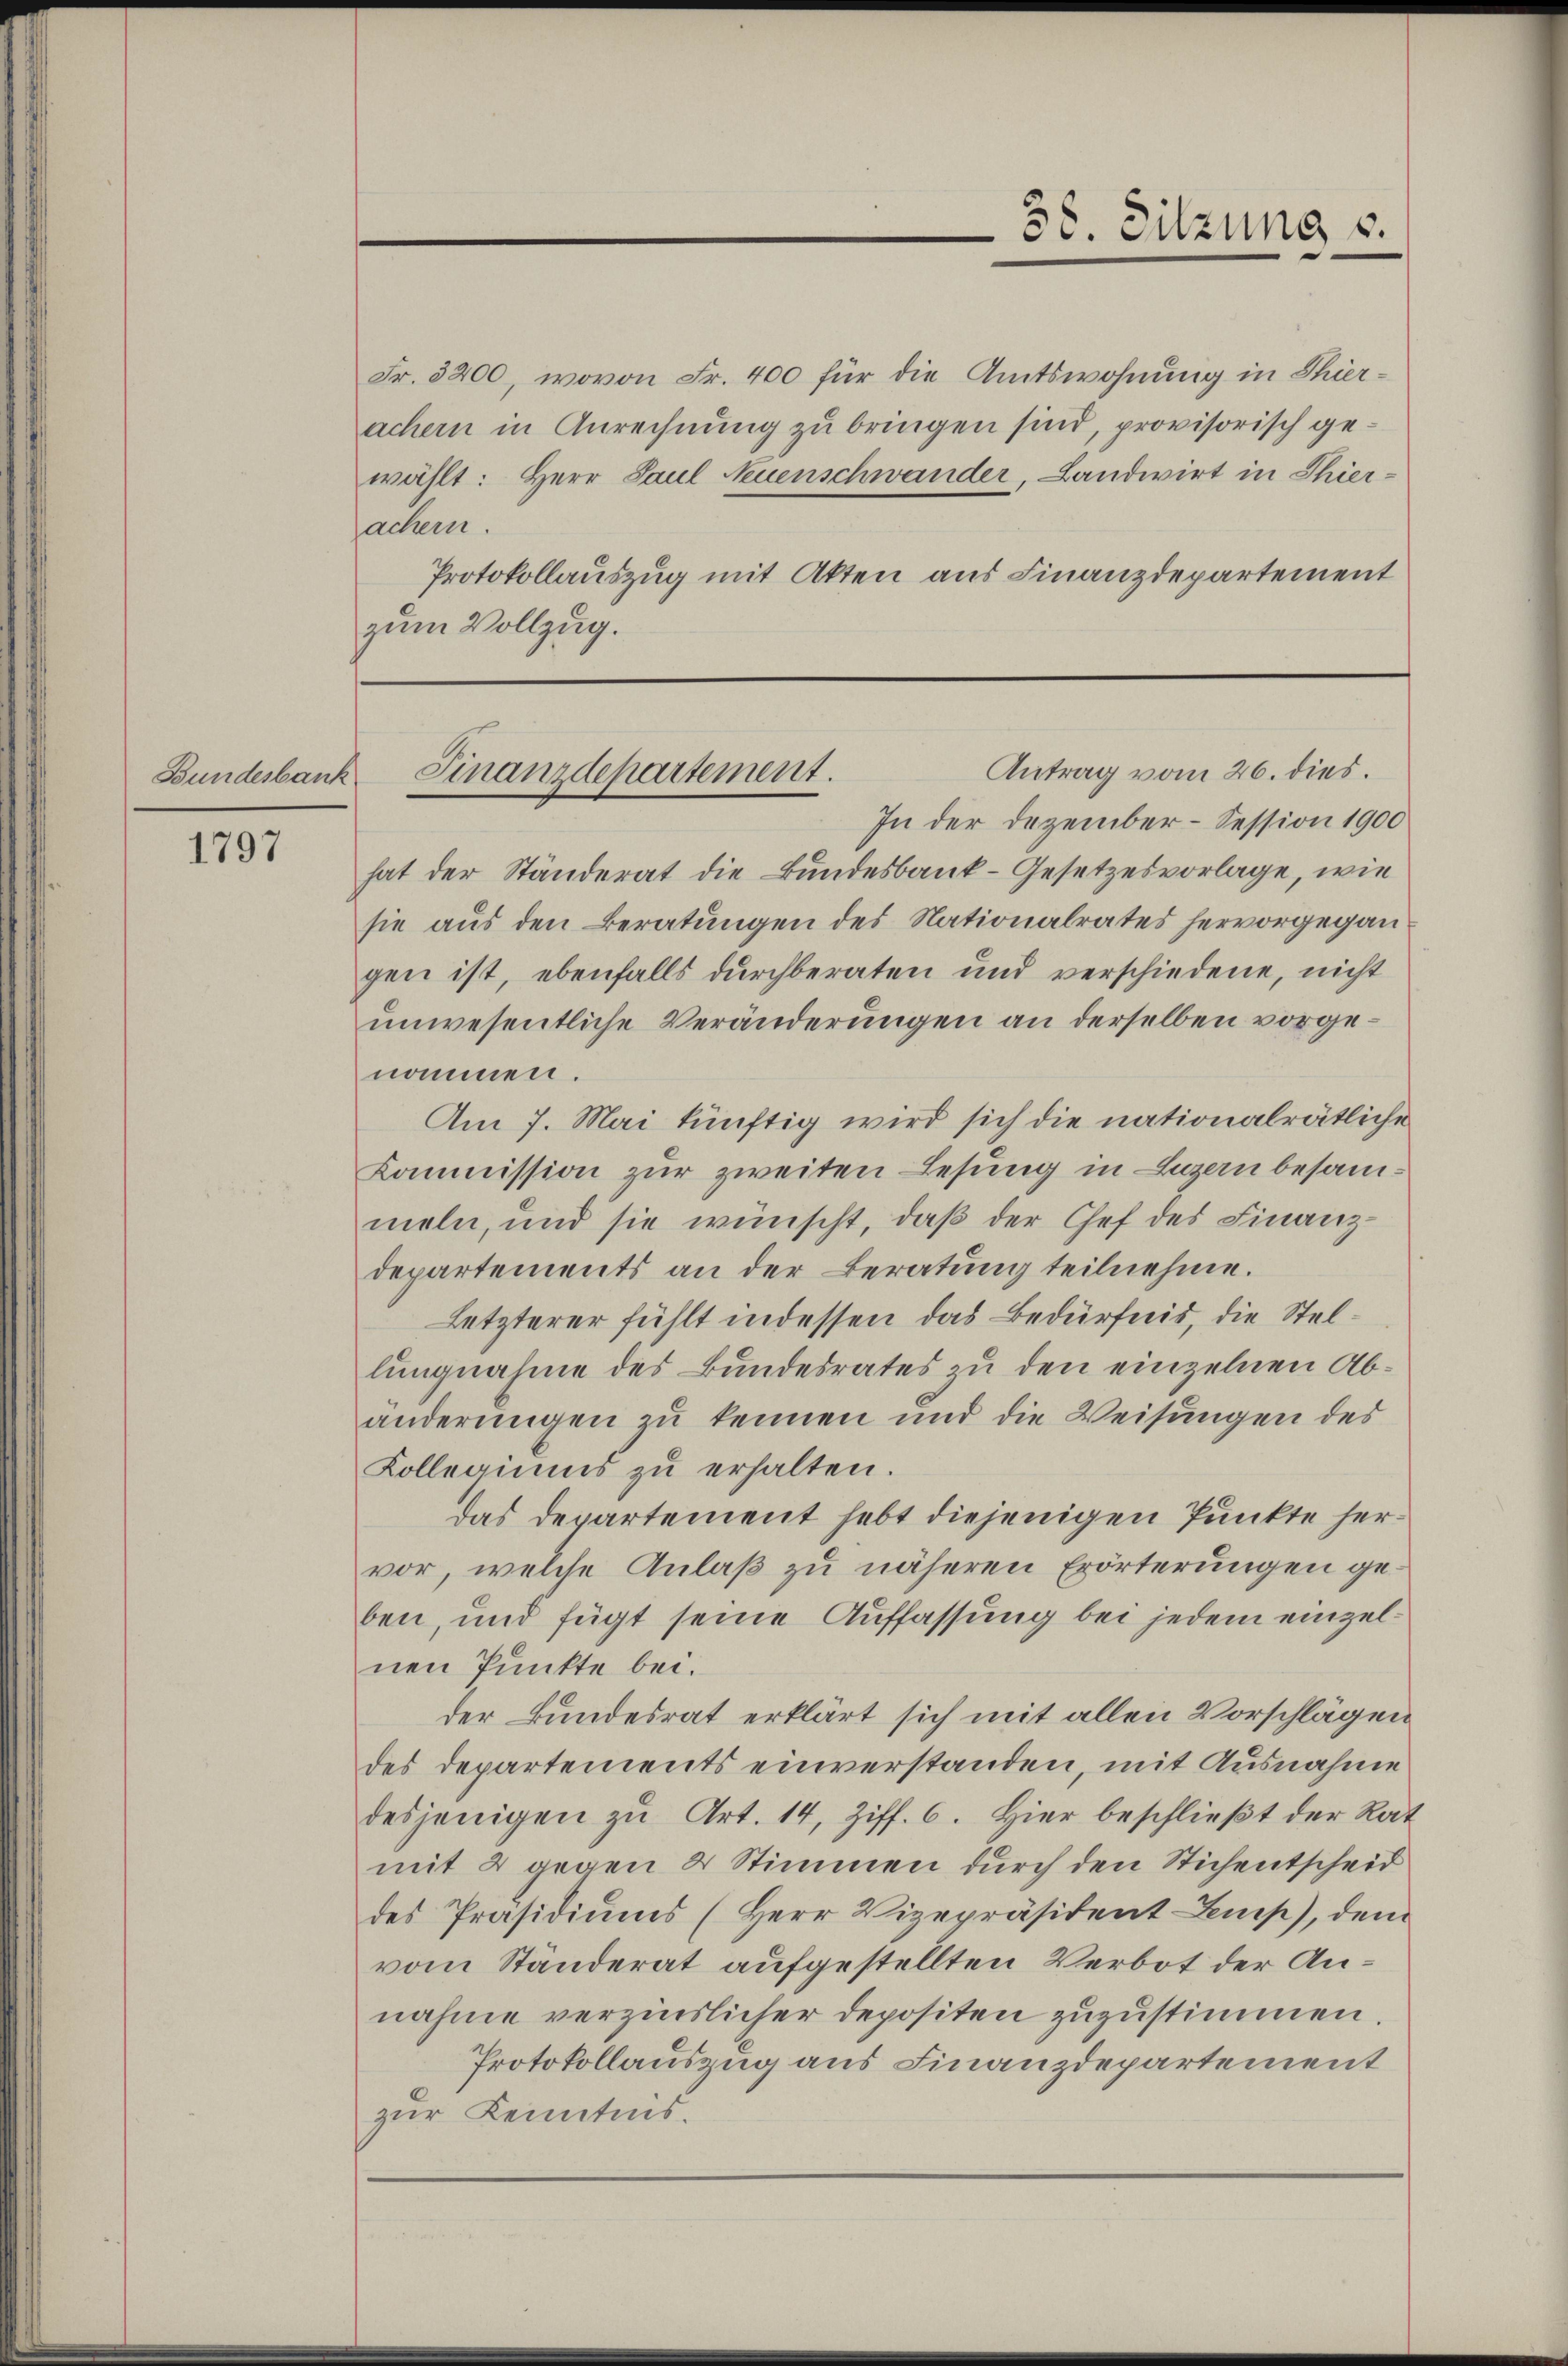
Bundesbank.

1797

Fr. 3200, wovon Fr. 400 für die Amtswohnung in Thierachern in Anrechnung zu bringen sind, provisorisch gewählt: Herr Paul Neuenschwander, Landwirt in Thierachern.
Protokollauszug mit Akten aus Finanzdepartement
zum Vollzug.

In der Dezember - Session 1900
hat der Ständerat die Bundesbank-Gesetzesvorlage, wie
sie aus den Beratungen des Nationalrates hervorgegangen ist, ebenfalls durchberaten und verschiedene, nicht
unwesentliche Veränderungen an derselben vorgenommen.
Am 7. Mai künftig wird sich die nationalrätliche
Kommission zur zweiten Lesung in Luzern besammeln, und sie wünscht, daß der Chef des Finanz-
departements an der Beratung teilnehme.
Letzterer fühlt indessen das Bedürfnis, die Stellungnahme des Bundesrates zu den einzelnen Abänderungen zu kennen und die Weisungen des
Kollegiums zu erhalten.
das Departement hebt diejenigen Punkte hervor, welche Anlaß zu näheren Erörterungen geben, und fügt seine Auffassung bei jedem einzelnen Punkte bei.
der Bundesrat erklärt sich mit allen Vorschlägen
des Departements einverstanden, mit Ausnahme
desjenigen zu Art. 14, Ziff. 6. Hier beschlieβt der Rat
mit 2 gegen & Stimmen durch den Stichentscheid
des Präsidiums (Herr Vizepräsident Lemp), dem
vom Ständerat aufgestellten Verbot der Annahme verzinslicher Depositen zuzustimmen.
Protokollauszug aus Finanzdepartement
zur Kenntnis.

38. Sitzung s.

Antrag vom 26. dies.
Finanzdepartement.